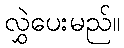
လွှဲပေးမည်။